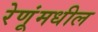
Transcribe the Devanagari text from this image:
रेणूंमधील